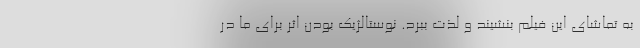
به تماشای این فیلم بنشیند و لذت ببرد. نوستالژیک بودن اثر برای ما در